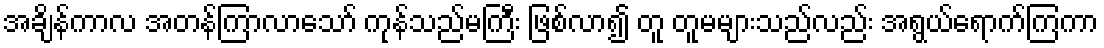
အချိန်ကာလ အတန်ကြာလာသော် ကုန်သည်မကြီး ဖြစ်လာ၍ တူ တူမများသည်လည်း အရွယ်ရောက်ကြကာ